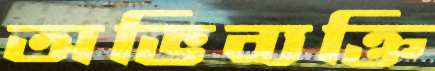
অভিব্যক্তি